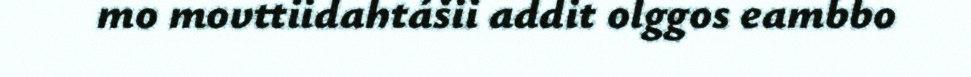
mo movttiidahtášii addit olggos eambbo